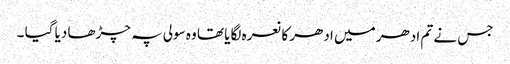
جس نے تم ادھر میں ادھر کا نعرہ لگایا تھا وہ سولی پہ چڑھا دیا گیا ۔